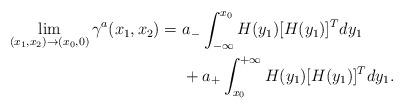
LaTeX: \begin{align*}\lim_{(x_{1}, x_{2}) \rightarrow (x_{0}, 0)} \gamma^{a}(x_{1}, x_{2}) =\ & a_{-}\int_{-\infty}^{x_{0}} H(y_1)[H(y_1)]^T dy_{1} \\& + a_{+}\int_{x_{0}}^{+\infty} H(y_1)[H(y_1)]^T dy_{1} .\end{align*}